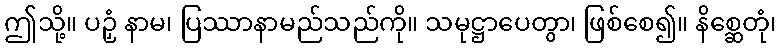
ဤသို့။ ပဉှံ နာမ၊ ပြဿာနာမည်သည်ကို။ သမုဋ္ဌာပေတွာ၊ ဖြစ်စေ၍။ နိစ္ဆေတုံ၊